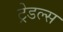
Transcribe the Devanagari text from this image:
ट्रेडल्स